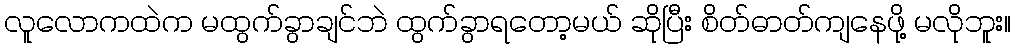
လူလောကထဲက မထွက်ခွာချင်ဘဲ ထွက်ခွာရတော့မယ် ဆိုပြီး စိတ်ဓာတ်ကျနေဖို့ မလိုဘူး။